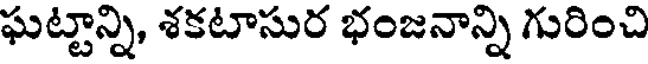
ఘట్టాన్ని, శకటాసుర భంజనాన్ని గురించి